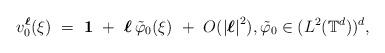
LaTeX: \begin{align*}v_0^{\boldsymbol{\ell}} (\xi) \ = \ \mathbf{1} \ + \ {\boldsymbol{\ell}} \, \tilde \varphi_0 (\xi) \ + \ O({|\boldsymbol{\ell}|}^2), \tilde \varphi_0 \in (L^2 (\mathbb T^d))^d,\end{align*}